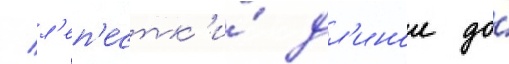
/ л'еп'естк'и́ дл'инои до́